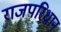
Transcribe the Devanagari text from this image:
राजपरिधान